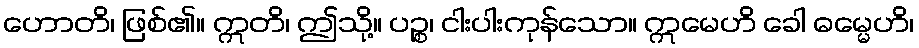
ဟောတိ၊ ဖြစ်၏။ ဣတိ၊ ဤသို့။ ပဉ္စ၊ ငါးပါးကုန်သော။ ဣမေဟိ ခေါ ဓမ္မေဟိ၊